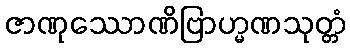
ဇာဏုဿောဏိဗြာဟ္မဏသုတ္တံ